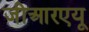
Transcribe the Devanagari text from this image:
जीआरएयू